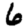
Digit: 6